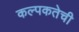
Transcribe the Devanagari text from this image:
कल्पकतेची